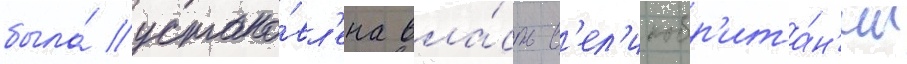
была́ устано́вл'ена вла́сть в'ел'икобр'ита́н'ии